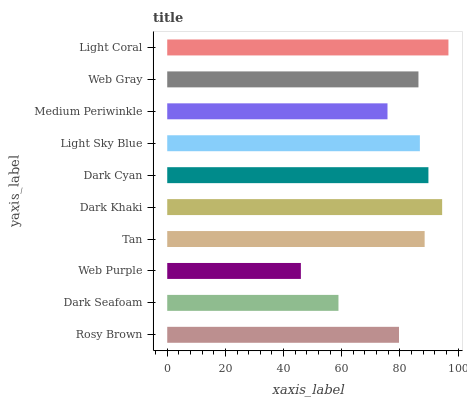
| yaxis_label | bars |
 | --- | --- |
 | Rosy Brown | 79.7 |
 | Dark Seafoam | 58.9 |
 | Web Purple | 46 |
 | Tan | 88.5 |
 | Dark Khaki | 94.5 |
 | Dark Cyan | 89.8 |
 | Light Sky Blue | 86.9 |
 | Medium Periwinkle | 75.7 |
 | Web Gray | 86.4 |
 | Light Coral | 96.7 |